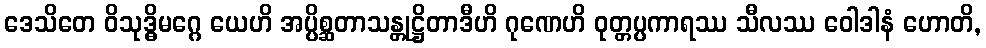
ဒေသိတေ ဝိသုဒ္ဓိမဂ္ဂေ ယေဟိ အပ္ပိစ္ဆတာသန္တုဋ္ဌိတာဒီဟိ ဂုဏေဟိ ဝုတ္တပ္ပကာရဿ သီလဿ ဝေါဒါနံ ဟောတိ,